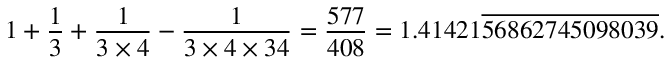
1 + { \frac { 1 } { 3 } } + { \frac { 1 } { 3 \times 4 } } - { \frac { 1 } { 3 \times 4 \times 3 4 } } = { \frac { 5 7 7 } { 4 0 8 } } = 1 . 4 1 4 2 1 { \overline { { 5 6 8 6 2 7 4 5 0 9 8 0 3 9 } } } .